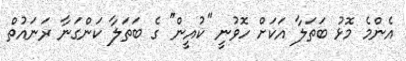
އެންމެ މޮޅު ބަތަލާ އަކަށް ހޮވުނީ ''ކުއީން'' ގެ ބަތަލާ ކަންގަނާ ރަނައުތް